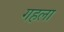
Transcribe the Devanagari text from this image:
गहला